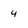
Character: 4